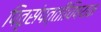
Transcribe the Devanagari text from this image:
पितृसंपत्तीविषयक